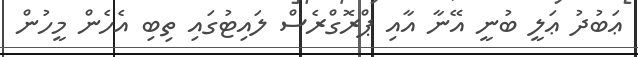
ޢަބުދު ޢަލީ ބުނީ އޭނާ އާއި ޕްރޮގްރެސް ލައިޓުގައި ތިބި އެހެން މީހުން